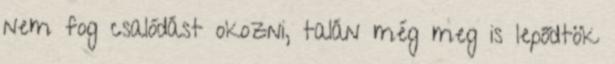
nem fog csalódást okozni, talán még meg is lepődtök